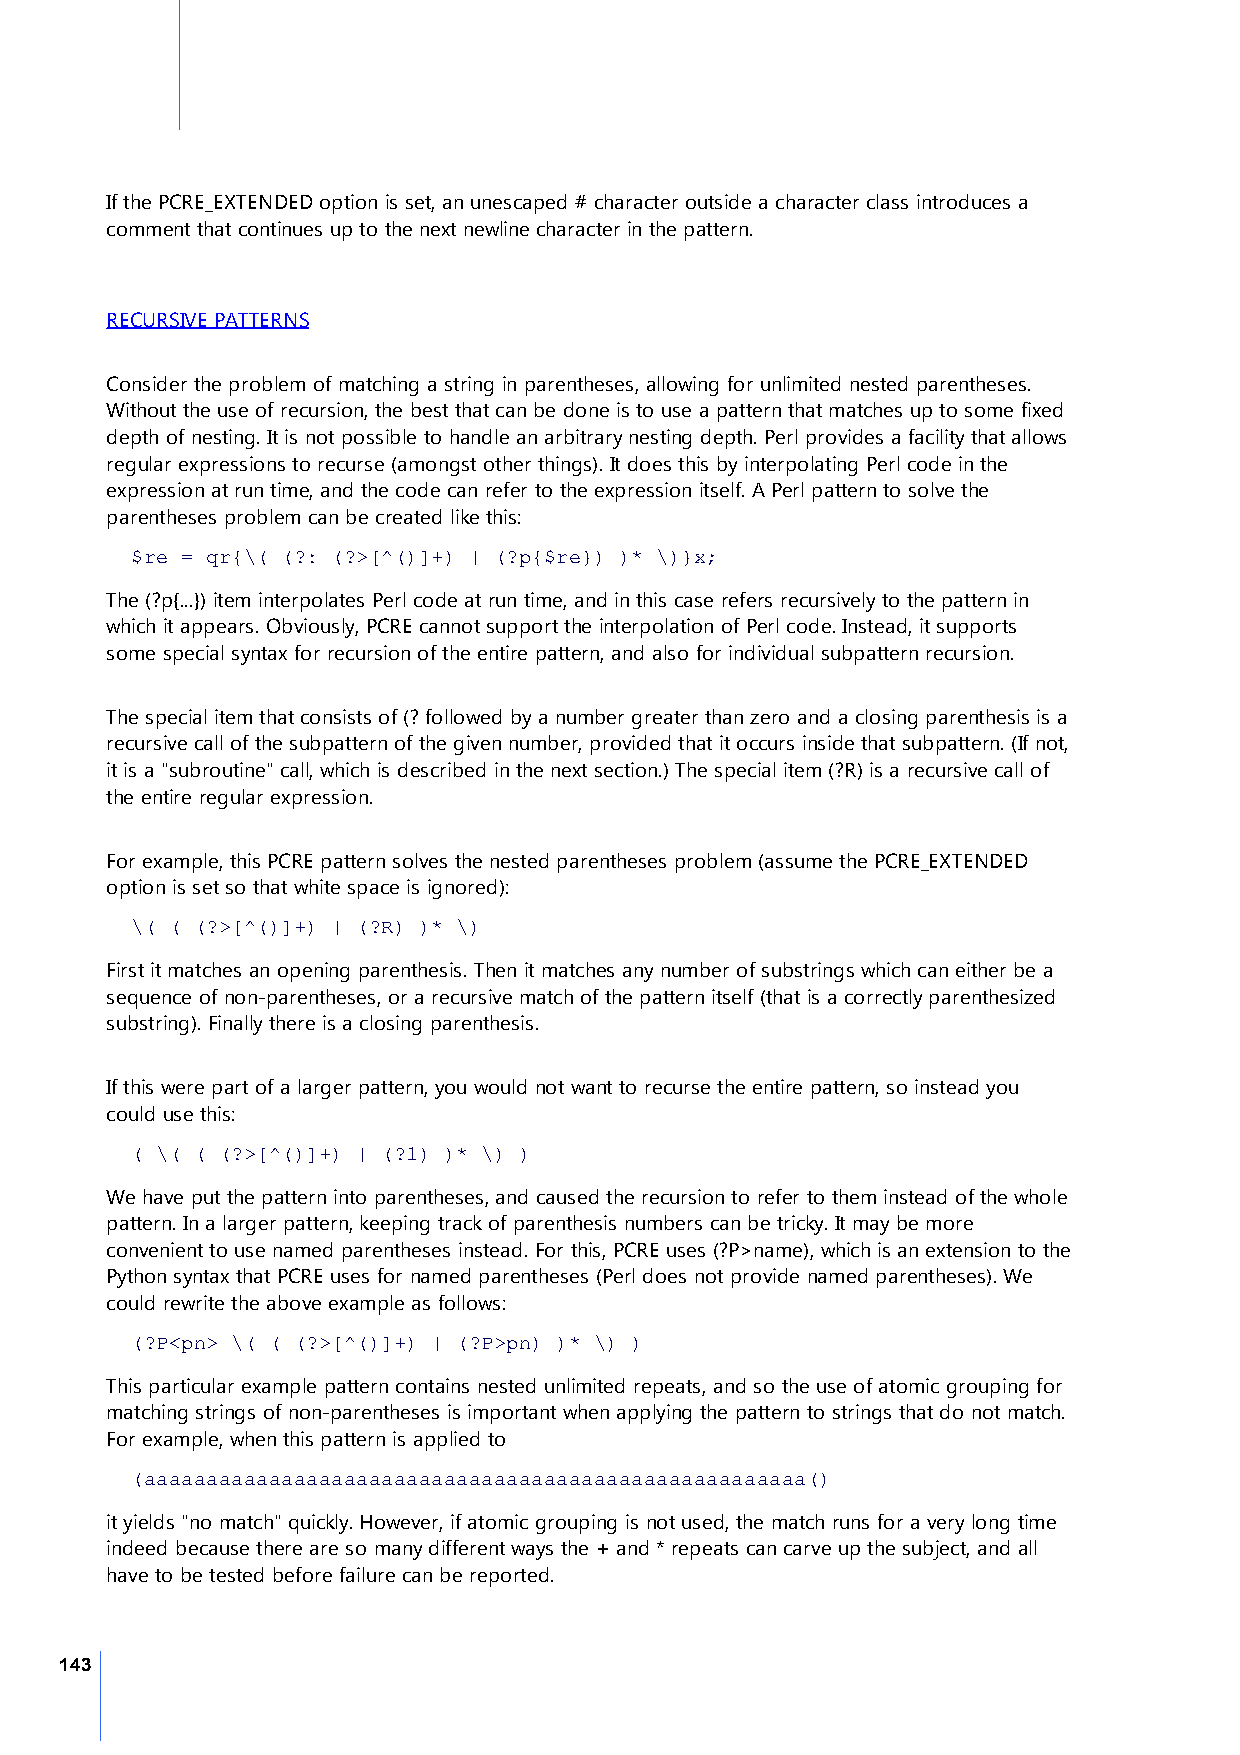
If the PCRE_EXTENDED option is set, an unescaped # character outside a character class introduces a
 comment that continues up to the next newline character in the pattern.
 RECURSIVE PATTERNS
 Consider the problem of matching a string in parentheses, allowing for unlimited nested parentheses.
 Without the use of recursion, the best that can be done is to use a pattern that matches up to some fixed
 depth of nesting. It is not possible to handle an arbitrary nesting depth. Perl provides a facility that allows
 regular expressions to recurse (amongst other things). It does this by interpolating Perl code in the
 expression at run time, and the code can refer to the expression itself. A Perl pattern to solve the
 parentheses problem can be created like this:
 $re = qr{\( (?: (?>[^()]+) | (?p{$re}) )* \)}x;
 The (?p{...}) item interpolates Perl code at run time, and in this case refers recursively to the pattern in
 which it appears. Obviously, PCRE cannot support the interpolation of Perl code. Instead, it supports
 some special syntax for recursion of the entire pattern, and also for individual subpattern recursion.
 The special item that consists of (? followed by a number greater than zero and a closing parenthesis is a
 recursive call of the subpattern of the given number, provided that it occurs inside that subpattern. (If not,
 it is a "subroutine" call, which is described in the next section.) The special item (?R) is a recursive call of
 the entire regular expression.
 For example, this PCRE pattern solves the nested parentheses problem (assume the PCRE_EXTENDED
 option is set so that white space is ignored):
 \( ( (?>[^()]+) | (?R) )* \)
 First it matches an opening parenthesis. Then it matches any number of substrings which can either be a
 sequence of non-parentheses, or a recursive match of the pattern itself (that is a correctly parenthesized
 substring). Finally there is a closing parenthesis.
 If this were part of a larger pattern, you would not want to recurse the entire pattern, so instead you
 could use this:
 ( \( ( (?>[^()]+) | (?1) )* \) )
 We have put the pattern into parentheses, and caused the recursion to refer to them instead of the whole
 pattern. In a larger pattern, keeping track of parenthesis numbers can be tricky. It may be more
 convenient to use named parentheses instead. For this, PCRE uses (?P>name), which is an extension to the
 Python syntax that PCRE uses for named parentheses (Perl does not provide named parentheses). We
 could rewrite the above example as follows:
 (?P<pn> \( ( (?>[^()]+) | (?P>pn) )* \) )
 This particular example pattern contains nested unlimited repeats, and so the use of atomic grouping for
 matching strings of non-parentheses is important when applying the pattern to strings that do not match.
 For example, when this pattern is applied to
 (aaaaaaaaaaaaaaaaaaaaaaaaaaaaaaaaaaaaaaaaaaaaaaaaaaaaa()
 it yields "no match" quickly. However, if atomic grouping is not used, the match runs for a very long time
 indeed because there are so many different ways the + and * repeats can carve up the subject, and all
 have to be tested before failure can be reported.
 143